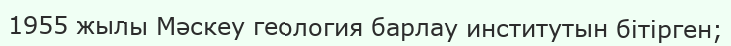
1955 жылы Мәскеу геология барлау институтын бітірген;